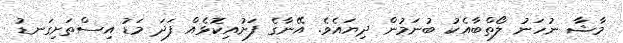
މާޝާ ނުހަނު ލޯތްބާއެކު ބުނަމުން ދިޔައެވެ. އޭނާގެ ފަށުއިކޮޅެއް ފަދަ މަޑު އިސްތަށިގަނޑު